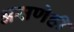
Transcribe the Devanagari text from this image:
असणेही